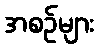
အစဉ်များ